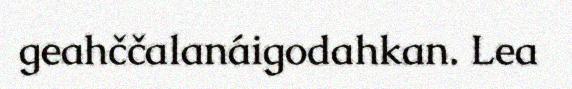
geahččalanáigodahkan. Lea